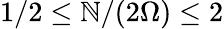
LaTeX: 1/2\le\mathbb{N}/(2\Omega)\le2